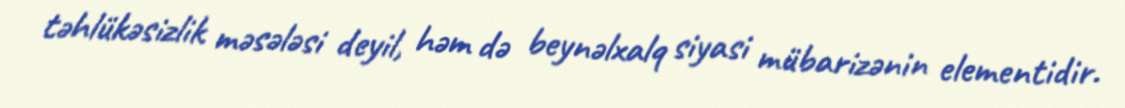
təhlükəsizlik məsələsi deyil, həm də beynəlxalq siyasi mübarizənin elementidir.